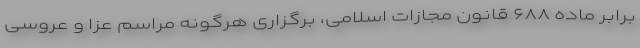
برابر ماده ۶۸۸ قانون مجازات اسلامی، برگزاری هرگونه مراسم عزا و عروسی